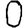
Digit: 0